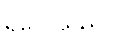
ရှိလေသည်။